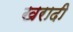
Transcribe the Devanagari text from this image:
खरादी